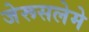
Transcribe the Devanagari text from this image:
जेरूसलेमे